Leprosy in India: report of the Leprosy Commission in India, 1890-91
Year: 1890
Disease focus: Leprosy
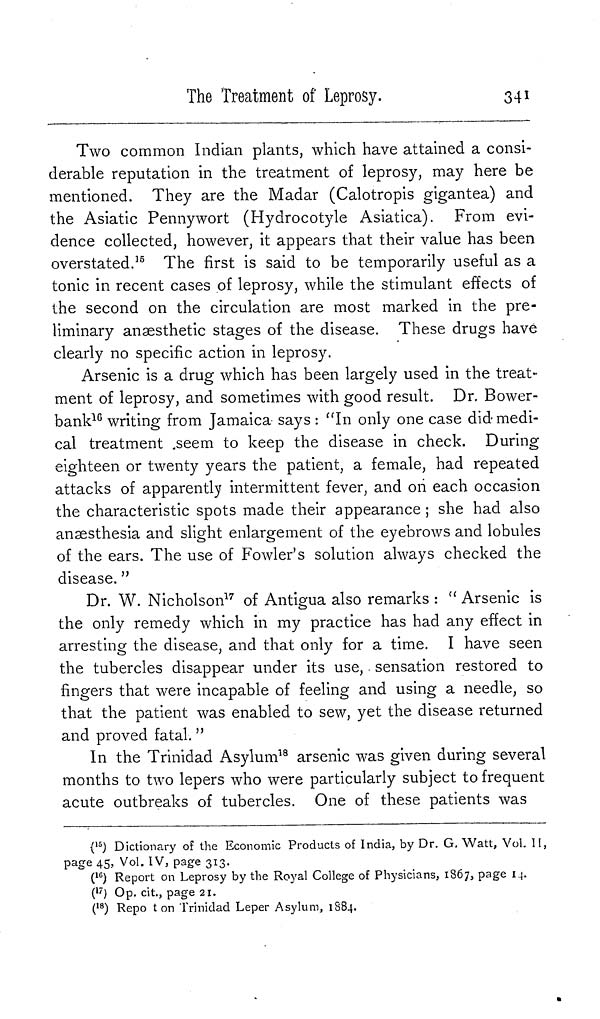
The Treatment of Leprosy.
341
Two common Indian plants, which have attained a consi-
derable reputation in the treatment of leprosy, may here be
mentioned. They are the Madar (Calotropis gigantea) and
the Asiatic Pennywort (Hydrocotyle Asiatica). From evi-
dence collected, however, it appears that their value has been
overstated. 15 The first is said to be temporarily useful as a
tonic in recent cases of leprosy, while the stimulant effects of
the second on the circulation are most marked in the pre-
liminary anaesthetic stages of the disease. These drugs have
clearly no specific action in leprosy.
Arsenic is a drug which has been largely used in the treat-
ment of leprosy, and sometimes with good result. Dr. Bower-
bank 16 writing from Jamaica says : "In only one case did medi-
cal treatment seem to keep the disease in check. During
eighteen or twenty years the patient, a female, had repeated
attacks of apparently intermittent fever, and on each occasion
the characteristic spots made their appearance ; she had also
anaesthesia and slight enlargement of the eyebrows and lobules
of the ears. The use of Fowler's solution always checked the
disease. "
Dr. W. Nicholson 17 of Antigua also remarks : " Arsenic is
the only remedy which in my practice has had any effect in
arresting the disease, and that only for a time. I have seen
the tubercles disappear under its use, sensation restored to
fingers that were incapable of feeling and using a needle, so
that the patient was enabled to sew, yet the disease returned
and proved fatal. "
In the Trinidad Asylum 18 arsenic was given during several
months to two lepers who were particularly subject to frequent
acute outbreaks of tubercles. One of these patients was
( 15 ) Dictionary of the Economic Products of India, by Dr. G. Watt, Vol. II,
page 45, Vol. IV, page 313.
( 16 ) Report on Leprosy by the Royal College of Physicians, 1867, page 14.
( 17 ) Op. cit., page 21.
( 18 ) Report on Trinidad Leper Asylum, 1884.